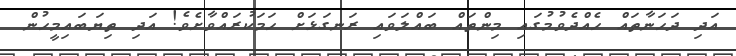
އަދި ދަހަނާތައް ހެއްދެވުމުގައި މިންތައް ބައްލަވައި ރަނގަޅަށް ހަމަކުރައްވާށެވެ! އަދި ތިޔަބައިމީހުން